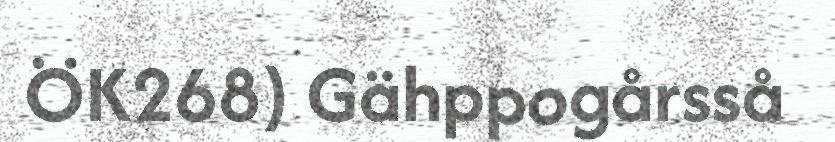
ÖK268) Gähppogårsså